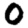
Digit: 0